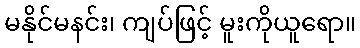
မနိုင်မနင်း၊ ကျပ်ဖြင့် မူးကိုယူရော။